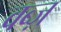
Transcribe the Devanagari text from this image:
वब्ज़